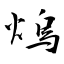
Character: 熓